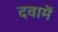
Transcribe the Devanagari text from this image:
दवामें